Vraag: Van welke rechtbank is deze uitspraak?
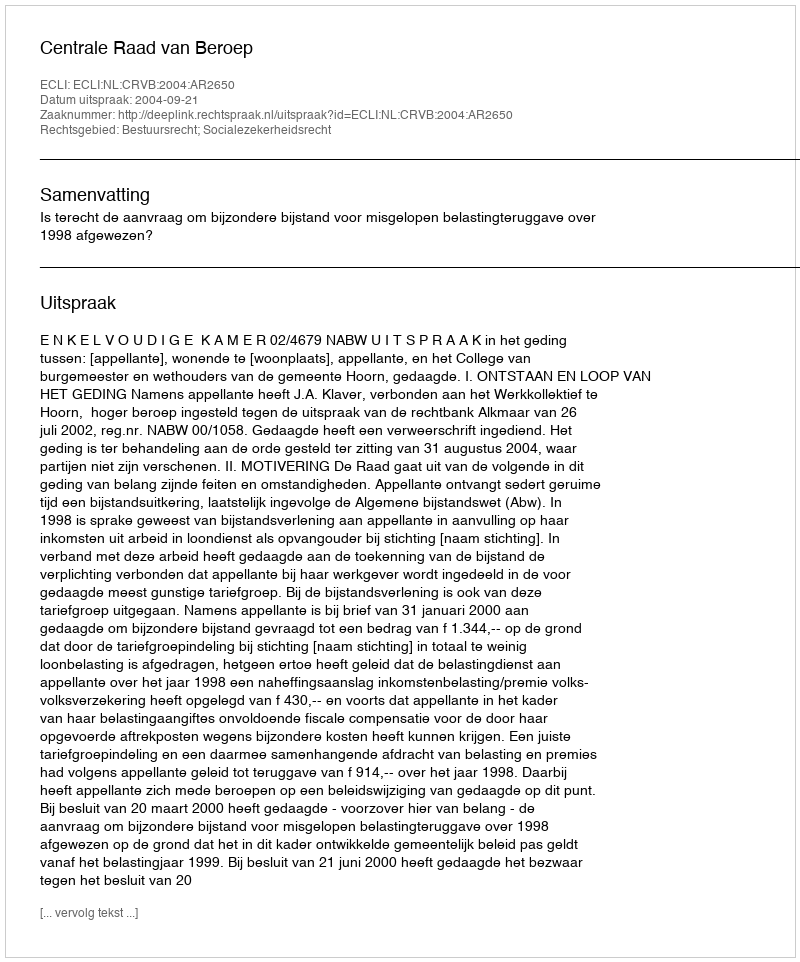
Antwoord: Centrale Raad van Beroep